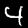
Digit: 4